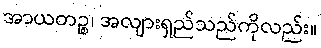
အာယတဉ္စ၊ အလျားရှည်သည်ကိုလည်း။